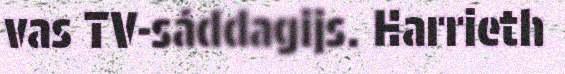
vas TV-sáddagijs. Harrieth